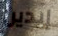
إيدين